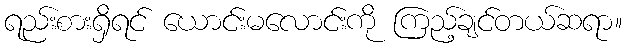
ရည်းစားရှိရင် ယောင်းမလောင်းကို ကြည့်ချင်တယ်ဆရာ။